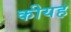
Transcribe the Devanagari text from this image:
कीयह